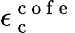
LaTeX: \epsilon_{\mathrm{~c~}}^{\mathrm{~c~o~f~e~}}